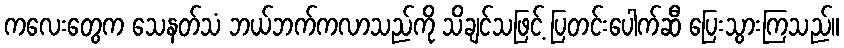
ကလေးတွေက သေနတ်သံ ဘယ်ဘက်ကလာသည်ကို သိချင်သဖြင့် ပြတင်းပေါက်ဆီ ပြေးသွားကြသည်။